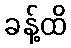
ခန့်ထိ